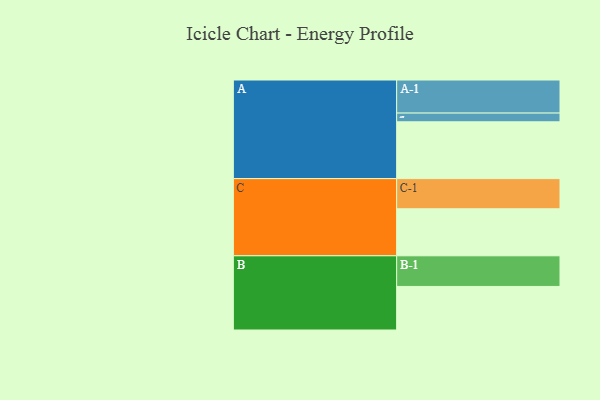
{"axis": {"x": "Segment", "y": "Value"}, "legend": ["", "A", "B", "C"], "data": [{"x": "A", "y": 493, "type": ""}, {"x": "B", "y": 378, "type": ""}, {"x": "C", "y": 408, "type": ""}, {"x": "A-1", "y": 287, "type": "A"}, {"x": "A-2", "y": 76, "type": "A"}, {"x": "B-1", "y": 266, "type": "B"}, {"x": "C-1", "y": 262, "type": "C"}]}